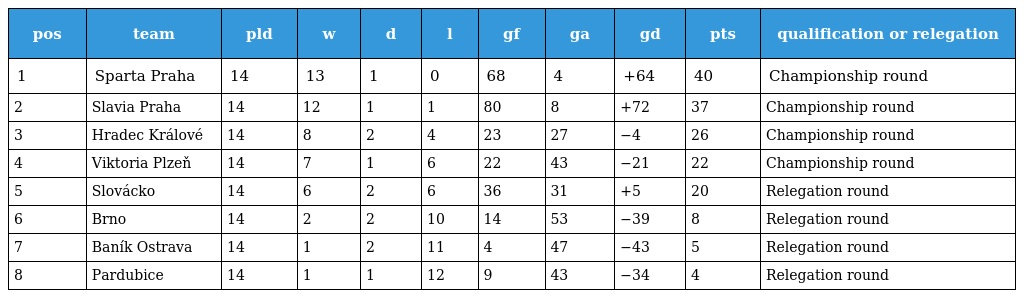
| pos | team | pld | w | d | l | gf | ga | gd | pts | qualification or relegation |
 | --- | --- | --- | --- | --- | --- | --- | --- | --- | --- | --- |
 | 1 | Sparta Praha | 14 | 13 | 1 | 0 | 68 | 4 | +64 | 40 | Championship round |
 | 2 | Slavia Praha | 14 | 12 | 1 | 1 | 80 | 8 | +72 | 37 | Championship round |
 | 3 | Hradec Králové | 14 | 8 | 2 | 4 | 23 | 27 | −4 | 26 | Championship round |
 | 4 | Viktoria Plzeň | 14 | 7 | 1 | 6 | 22 | 43 | −21 | 22 | Championship round |
 | 5 | Slovácko | 14 | 6 | 2 | 6 | 36 | 31 | +5 | 20 | Relegation round |
 | 6 | Brno | 14 | 2 | 2 | 10 | 14 | 53 | −39 | 8 | Relegation round |
 | 7 | Baník Ostrava | 14 | 1 | 2 | 11 | 4 | 47 | −43 | 5 | Relegation round |
 | 8 | Pardubice | 14 | 1 | 1 | 12 | 9 | 43 | −34 | 4 | Relegation round |